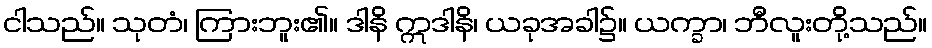
ငါသည်။ သုတံ၊ ကြားဘူး၏။ ဒါနိ ဣဒါနိ၊ ယခုအခါ၌။ ယက္ခာ၊ ဘီလူးတို့သည်။